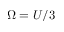
\Omega = U / 3